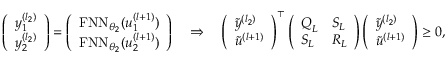
\begin{array} { r } { \left( \begin{array} { l } { y _ { 1 } ^ { ( l _ { 2 } ) } } \\ { y _ { 2 } ^ { ( l _ { 2 } ) } } \end{array} \right) = \left( \begin{array} { l } { \mathrm { F N N } _ { \theta _ { 2 } } ( u _ { 1 } ^ { ( l + 1 ) } ) } \\ { \mathrm { F N N } _ { \theta _ { 2 } } ( u _ { 2 } ^ { ( l + 1 ) } ) } \end{array} \right) \quad \Rightarrow \quad \left( \begin{array} { l } { \tilde { y } ^ { ( l _ { 2 } ) } } \\ { \tilde { u } ^ { ( l + 1 ) } } \end{array} \right) ^ { \top } \left( \begin{array} { l l } { \boldsymbol { Q } _ { L } } & { \boldsymbol { S } _ { L } } \\ { \boldsymbol { S } _ { L } } & { \boldsymbol { R } _ { L } } \end{array} \right) \left( \begin{array} { l } { \tilde { y } ^ { ( l _ { 2 } ) } } \\ { \tilde { u } ^ { ( l + 1 ) } } \end{array} \right) \geq 0 , } \end{array}